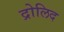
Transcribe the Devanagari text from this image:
द्रोलिद